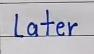
Later